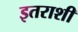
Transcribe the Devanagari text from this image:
इतराशी